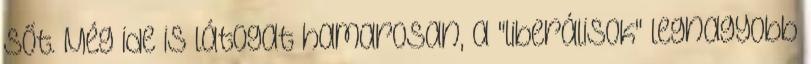
Sőt. Még ide is látogat hamarosan, a "liberálisok" legnagyobb